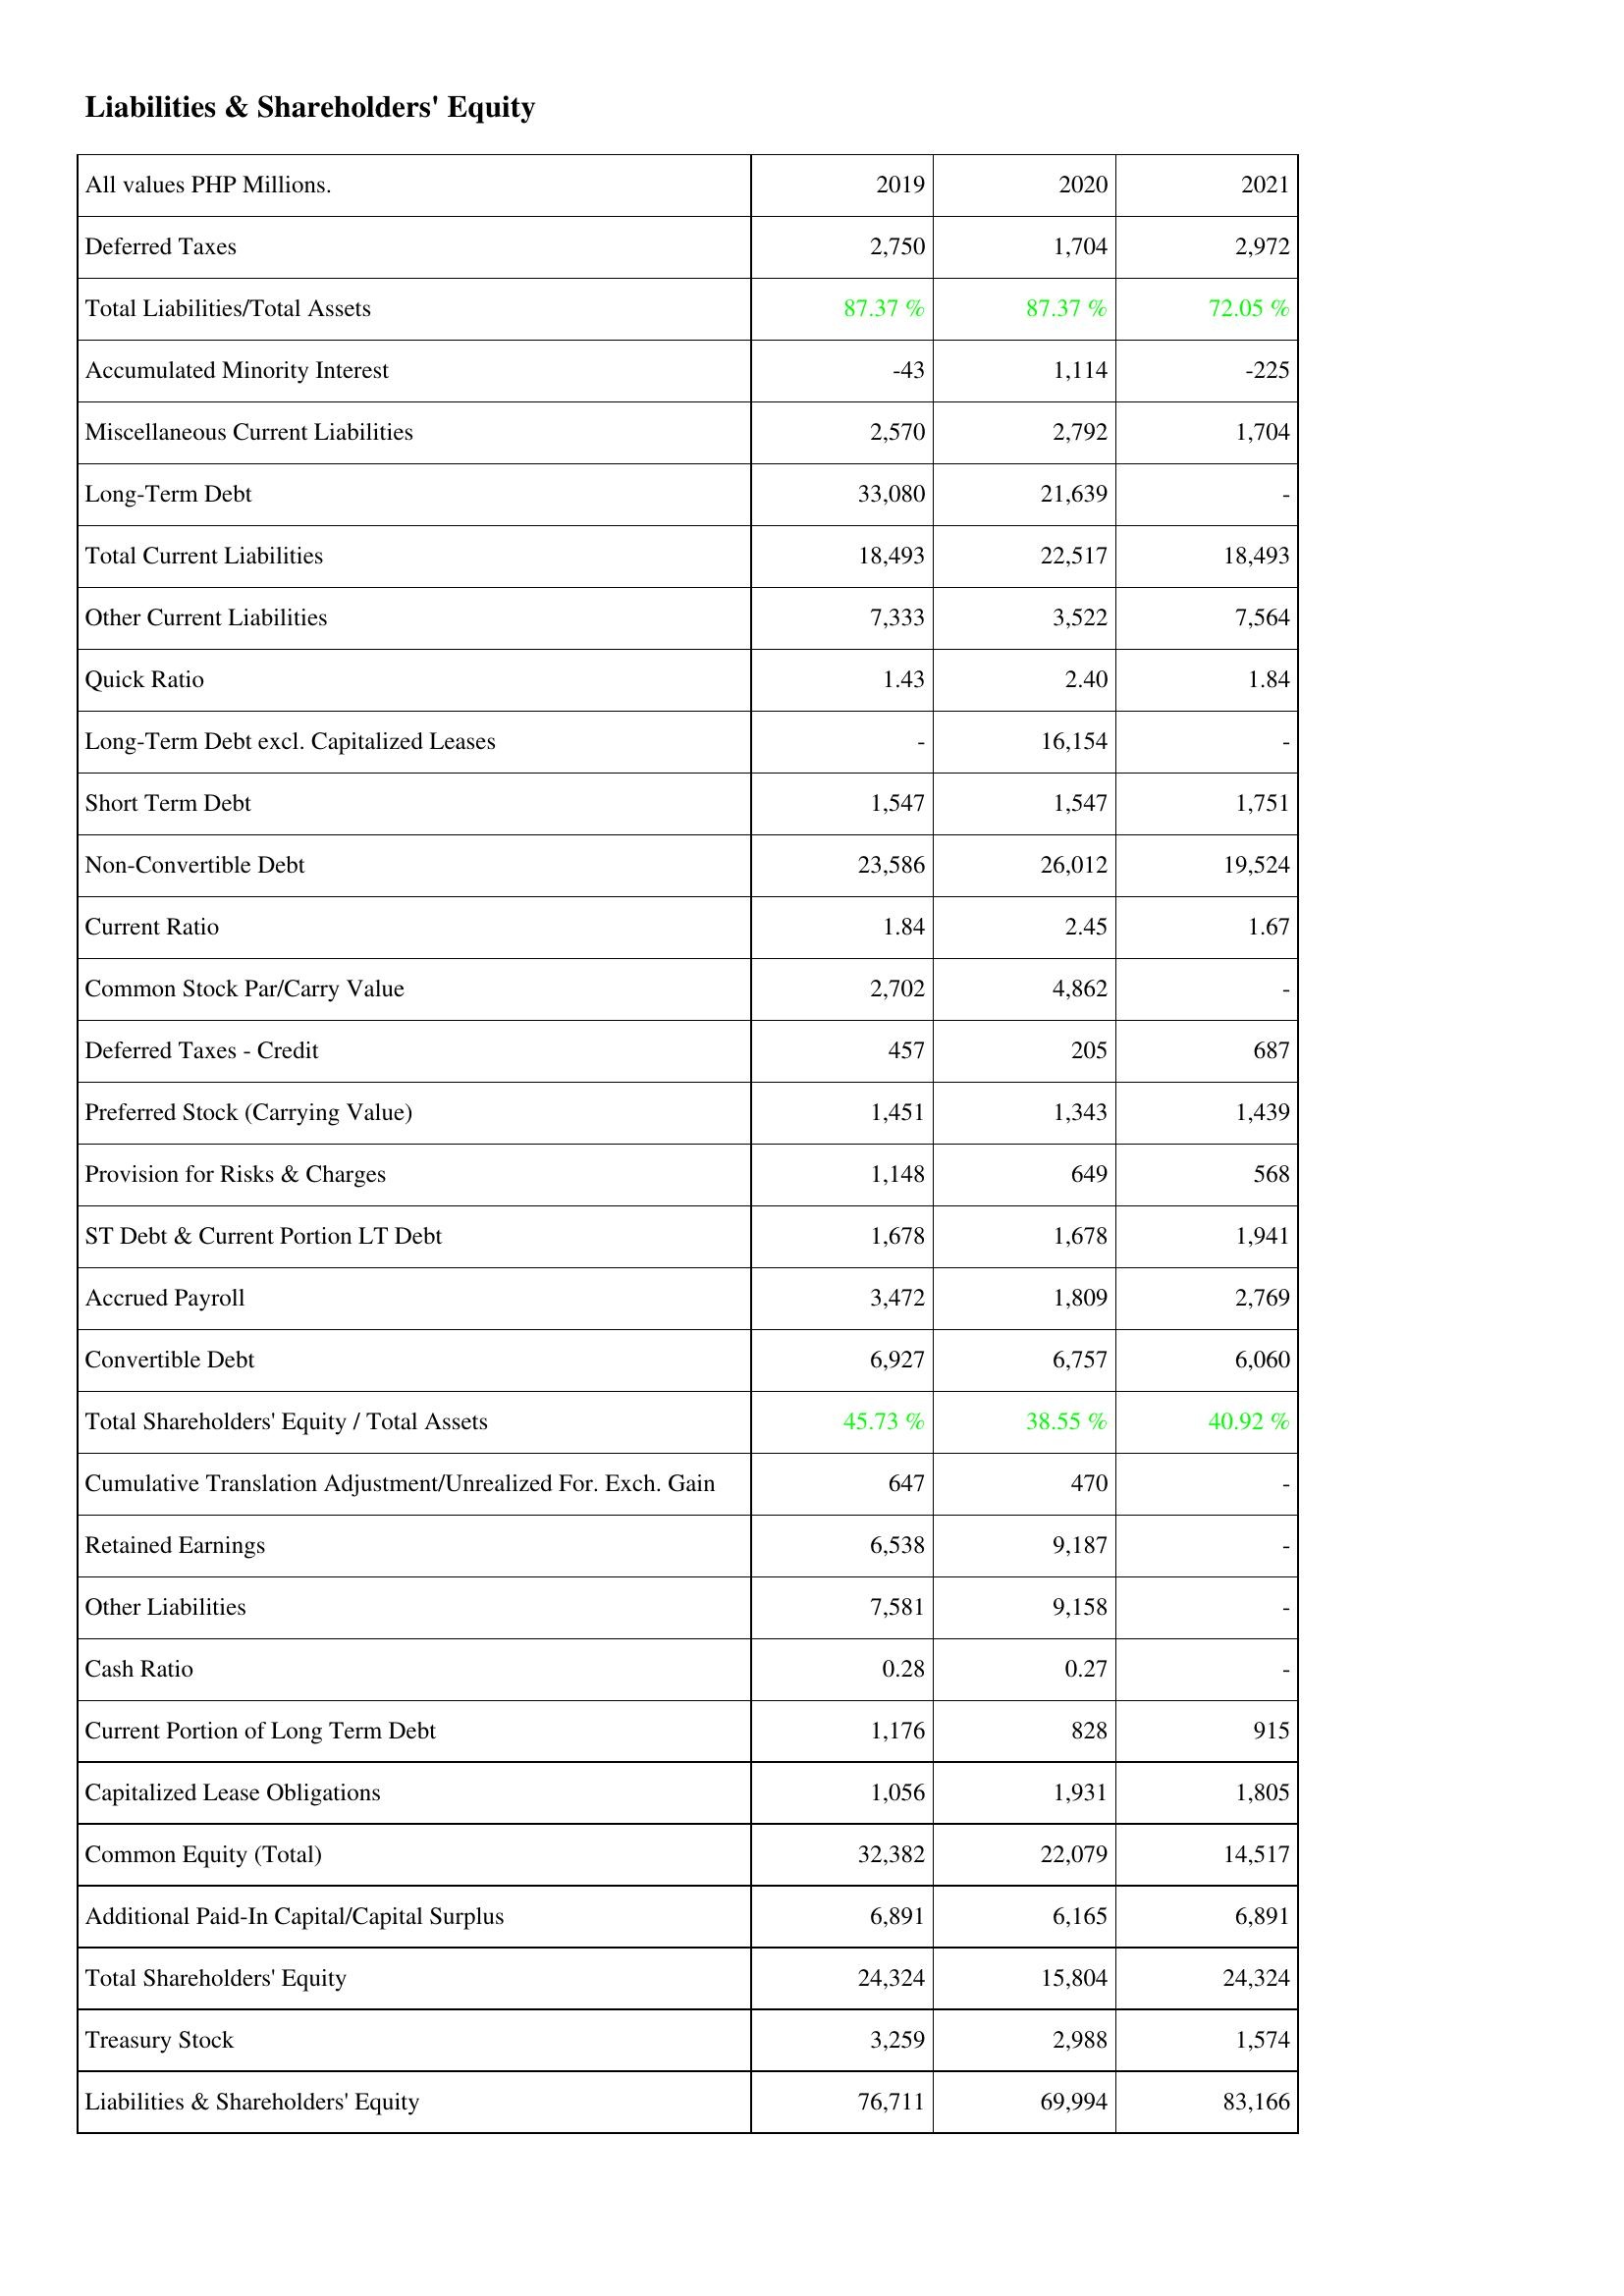
2019: Liabilities & Shareholders' Equity: Deferred Taxes: 2,750
Total Liabilities/Total Assets: 87.37 %
Accumulated Minority Interest: -43
Miscellaneous Current Liabilities: 2,570
Long-Term Debt: 33,080
Total Current Liabilities: 18,493
Other Current Liabilities: 7,333
Quick Ratio: 1.43
Long-Term Debt excl. Capitalized Leases: -
Short Term Debt: 1,547
Non-Convertible Debt: 23,586
Current Ratio: 1.84
Common Stock Par/Carry Value: 2,702
Deferred Taxes - Credit: 457
Preferred Stock (Carrying Value): 1,451
Provision for Risks & Charges: 1,148
ST Debt & Current Portion LT Debt: 1,678
Accrued Payroll: 3,472
Convertible Debt: 6,927
Total Shareholders' Equity / Total Assets: 45.73 %
Cumulative Translation Adjustment/Unrealized For. Exch. Gain: 647
Retained Earnings: 6,538
Other Liabilities: 7,581
Cash Ratio: 0.28
Current Portion of Long Term Debt: 1,176
Capitalized Lease Obligations: 1,056
Common Equity (Total): 32,382
Additional Paid-In Capital/Capital Surplus: 6,891
Total Shareholders' Equity: 24,324
Treasury Stock: 3,259
Liabilities & Shareholders' Equity: 76,711
2020: Liabilities & Shareholders' Equity: Deferred Taxes: 1,704
Total Liabilities/Total Assets: 87.37 %
Accumulated Minority Interest: 1,114
Miscellaneous Current Liabilities: 2,792
Long-Term Debt: 21,639
Total Current Liabilities: 22,517
Other Current Liabilities: 3,522
Quick Ratio: 2.40
Long-Term Debt excl. Capitalized Leases: 16,154
Short Term Debt: 1,547
Non-Convertible Debt: 26,012
Current Ratio: 2.45
Common Stock Par/Carry Value: 4,862
Deferred Taxes - Credit: 205
Preferred Stock (Carrying Value): 1,343
Provision for Risks & Charges: 649
ST Debt & Current Portion LT Debt: 1,678
Accrued Payroll: 1,809
Convertible Debt: 6,757
Total Shareholders' Equity / Total Assets: 38.55 %
Cumulative Translation Adjustment/Unrealized For. Exch. Gain: 470
Retained Earnings: 9,187
Other Liabilities: 9,158
Cash Ratio: 0.27
Current Portion of Long Term Debt: 828
Capitalized Lease Obligations: 1,931
Common Equity (Total): 22,079
Additional Paid-In Capital/Capital Surplus: 6,165
Total Shareholders' Equity: 15,804
Treasury Stock: 2,988
Liabilities & Shareholders' Equity: 69,994
2021: Liabilities & Shareholders' Equity: Deferred Taxes: 2,972
Total Liabilities/Total Assets: 72.05 %
Accumulated Minority Interest: -225
Miscellaneous Current Liabilities: 1,704
Long-Term Debt: -
Total Current Liabilities: 18,493
Other Current Liabilities: 7,564
Quick Ratio: 1.84
Long-Term Debt excl. Capitalized Leases: -
Short Term Debt: 1,751
Non-Convertible Debt: 19,524
Current Ratio: 1.67
Common Stock Par/Carry Value: -
Deferred Taxes - Credit: 687
Preferred Stock (Carrying Value): 1,439
Provision for Risks & Charges: 568
ST Debt & Current Portion LT Debt: 1,941
Accrued Payroll: 2,769
Convertible Debt: 6,060
Total Shareholders' Equity / Total Assets: 40.92 %
Cumulative Translation Adjustment/Unrealized For. Exch. Gain: -
Retained Earnings: -
Other Liabilities: -
Cash Ratio: -
Current Portion of Long Term Debt: 915
Capitalized Lease Obligations: 1,805
Common Equity (Total): 14,517
Additional Paid-In Capital/Capital Surplus: 6,891
Total Shareholders' Equity: 24,324
Treasury Stock: 1,574
Liabilities & Shareholders' Equity: 83,166